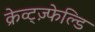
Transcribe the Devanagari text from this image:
क्रेव्ट्ज़्फेल्डि